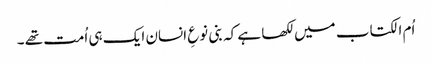
اُم الکتاب میں لکھا ہے کہ بنی نوعِ انسان ایک ہی اُمت تھے ۔